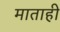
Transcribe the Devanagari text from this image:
माताही